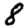
Digit: 8